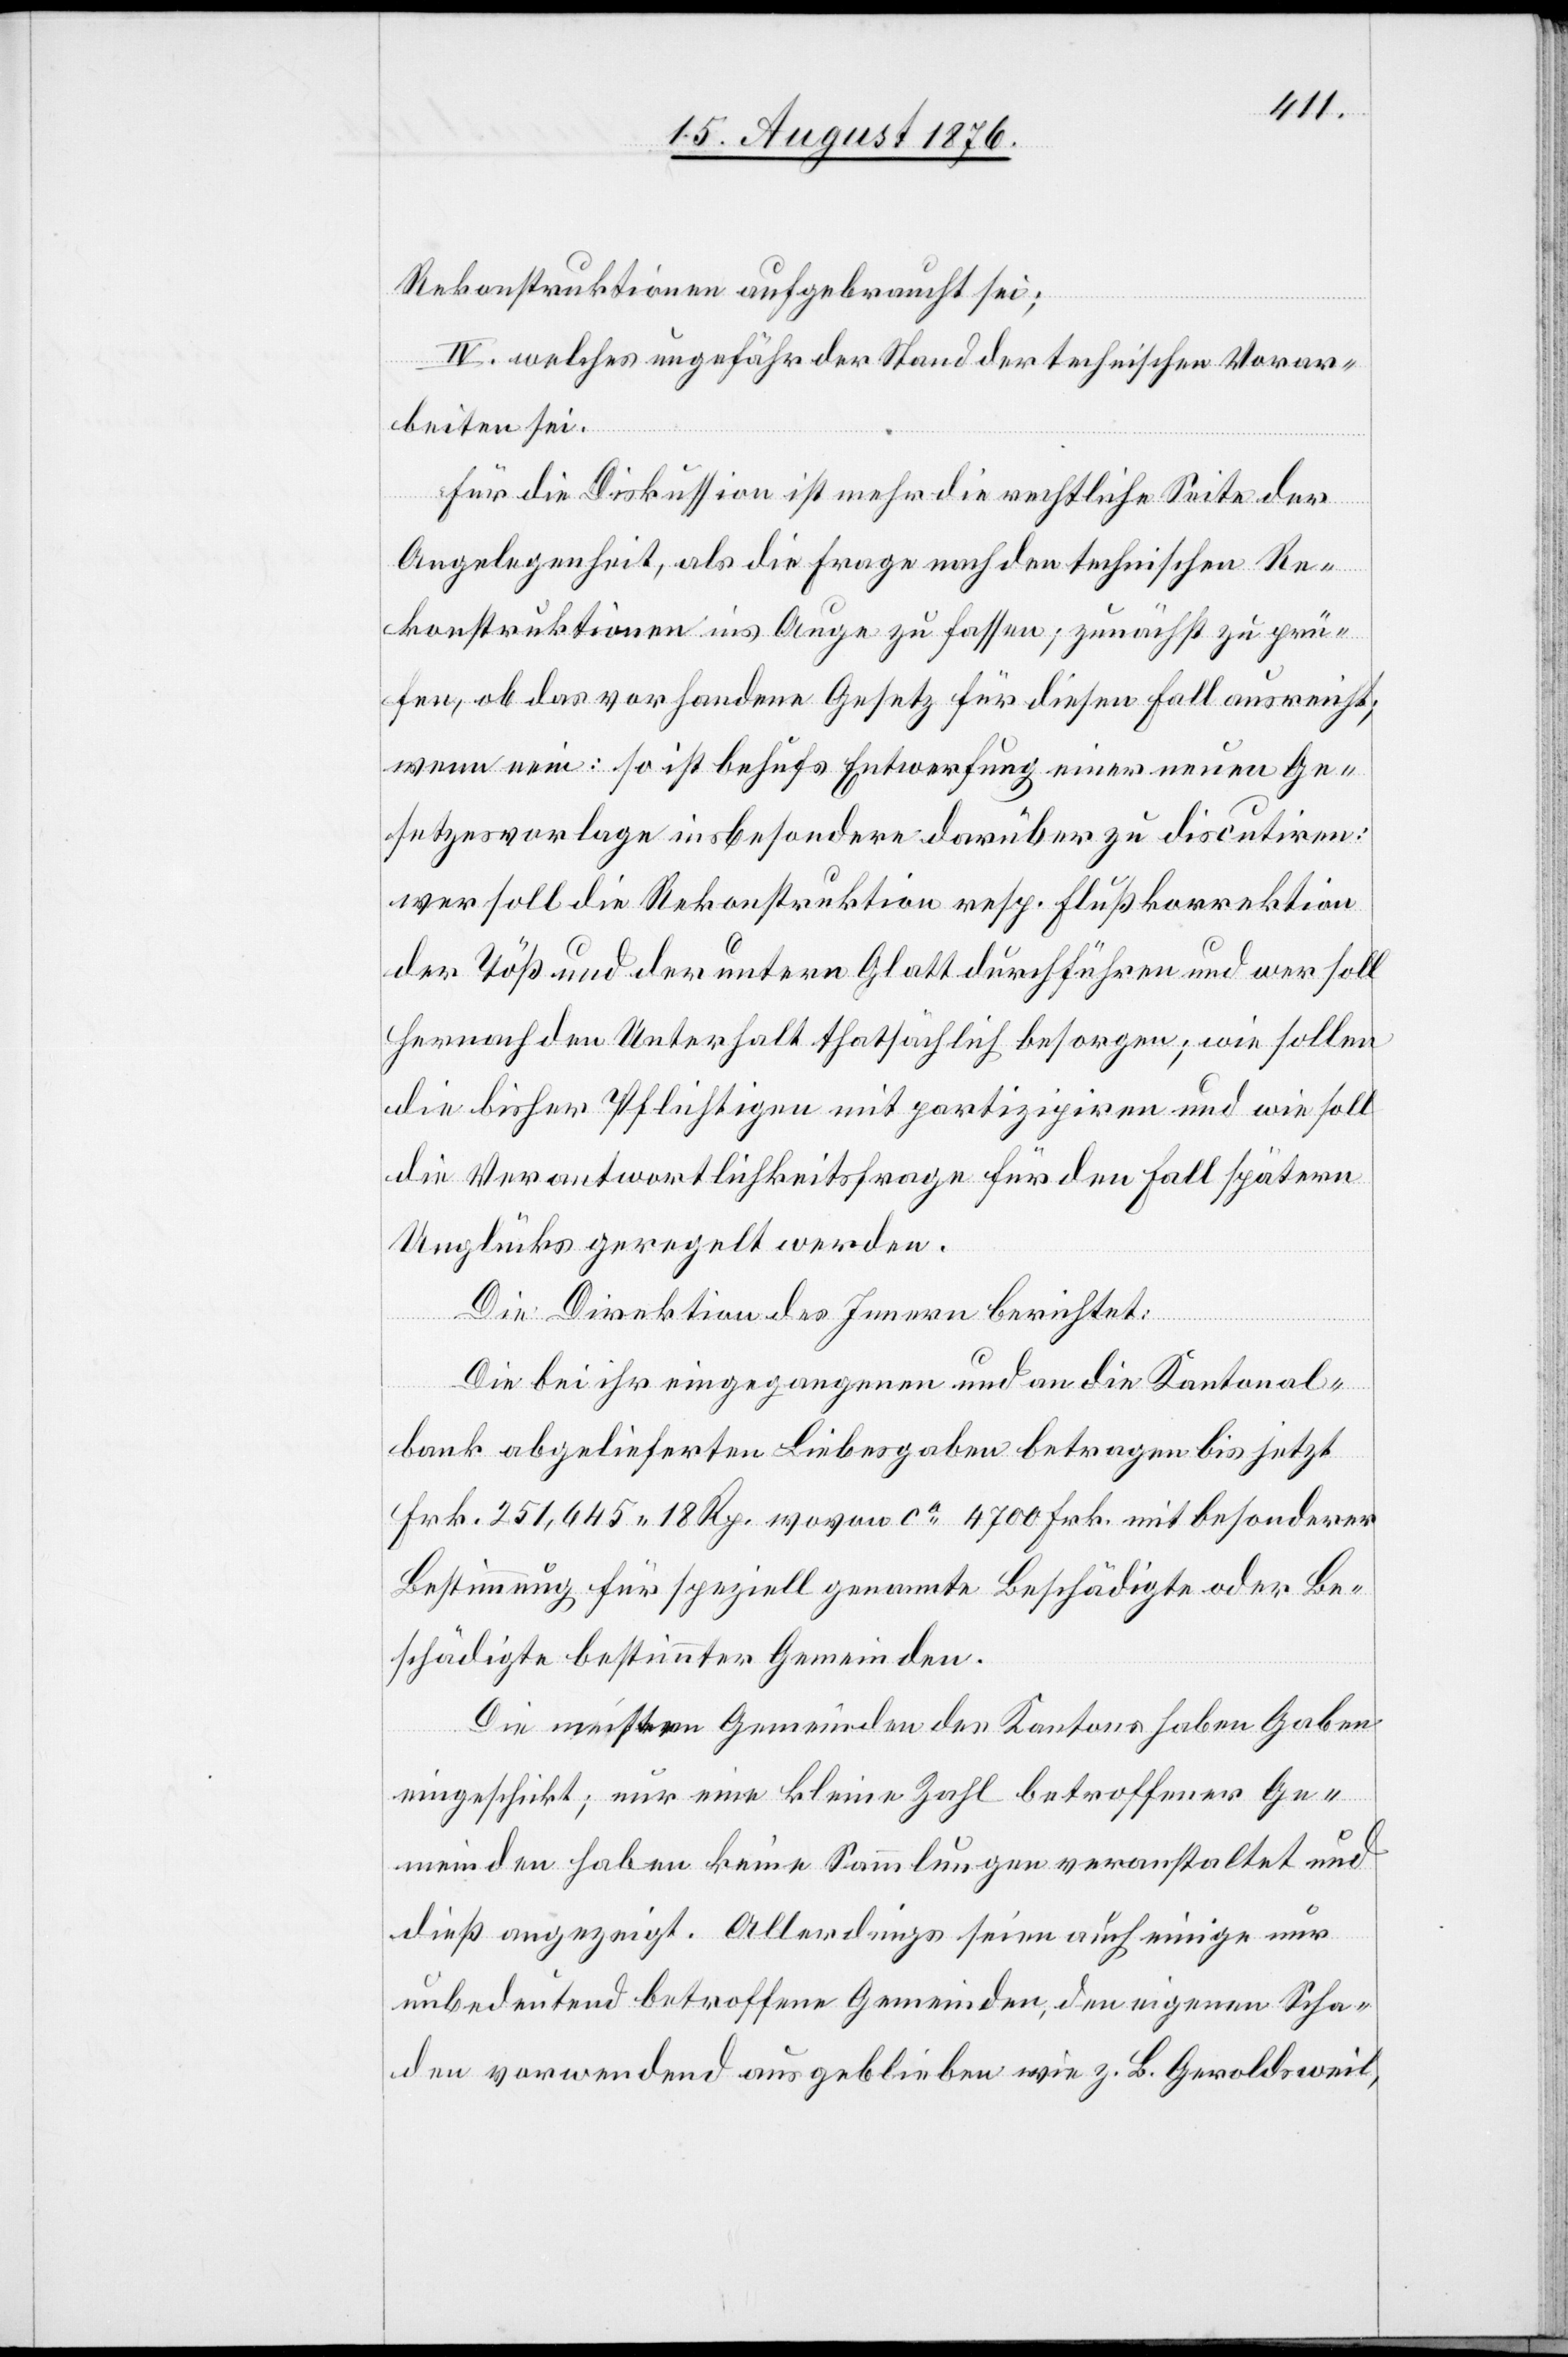
Rekonstruktionen aufgebraucht sei;
IV. welches ungefähr der Stand der technischen Vorar¬
beiten sei.
Für die Diskussion ist mehr die rechtliche Seite der
Angelegenheit, als die Frage nach den technischen Re¬
konstruktionen ins Auge zu fassen; zunächst zu prü¬
fen, ob das vorhandene Gesetz für diesen Fall ausreiche;
wenn nein: so ist behufs Entwerfung einer neuen Ge¬
setzesvorlage insbesondere darüber zu discutiren:
wer soll die Rekonstruktion resp. Flußkorrektion
der Töß und der untern Glatt durchführen und wer wol
hernach den Unterhalt thatsächlich besorgen; wie sollen
die bisher Pflichtigen mit partizipiren und wie soll
die Verantwortlichkeitsfrage für den Fall spätern
Unglücks geregelt werden.
Die Direktion des Innern berichtet:
Die bei ihr eingegangenen und an die Kantonal¬
bank abgelieferten Liebesgaben betragen bis jetzt
Frk. 251,645 18 Rp. wovon ca 47000 Frk. mit besonderer
Bestimmung für speziell genannte Geschädigte oder Be¬
schädigte bestimmter Gemeinden.
Die meisten Gemeinden des Kantons haben Gaben
eingeschickt; nur eine kleine Zahl betroffener Ge¬
meinden haben keine Sammlungen veranstaltet und
dieß angezeigt. Allerdings seien auch einige nur
unbedeutend betroffene Gemeinden, den eigenen Scha¬
den vorwendend ausgeblieben wie z. B. Geroldsweil,